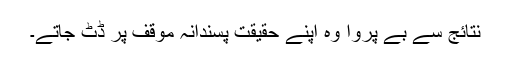
نتائج سے بے پروا وہ اپنے حقیقت پسندانہ موقف پر ڈٹ جاتے۔